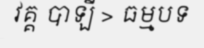
វគ្គ បាឡី > ធម្មបទ